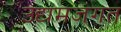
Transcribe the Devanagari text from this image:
उद्यमजगत